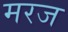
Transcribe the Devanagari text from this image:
मरज